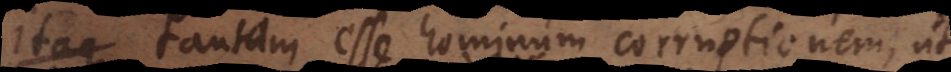
it tantam esse hominum corruptionem, ut